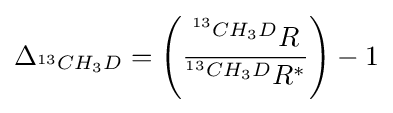
\Delta _{^{13}CH_{3}D}=\left({\frac {^{^{13}CH_{3}D}R}{^{^{13}CH_{3}D}R^{*}}}\right)-1